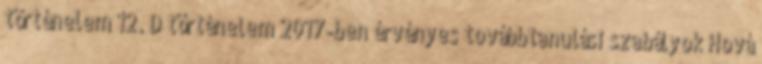
történelem 12. D történelem 2017-ben érvényes továbbtanulási szabályok Hová